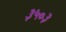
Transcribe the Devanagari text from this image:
३५०३